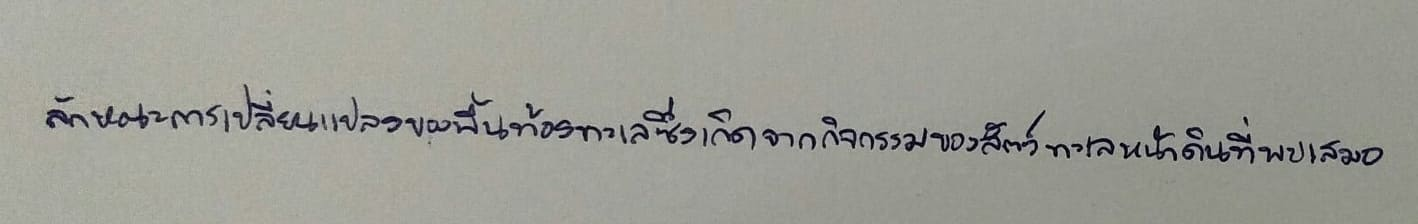
ลักษณะการเปลี่ยนแปลงของพื้นท้องทะเลซึ่งเกิดจากกิจกรรมของสัตว์ทะเลหน้าดินที่พบเสมอ